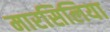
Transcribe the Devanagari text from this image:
मारसिलिया